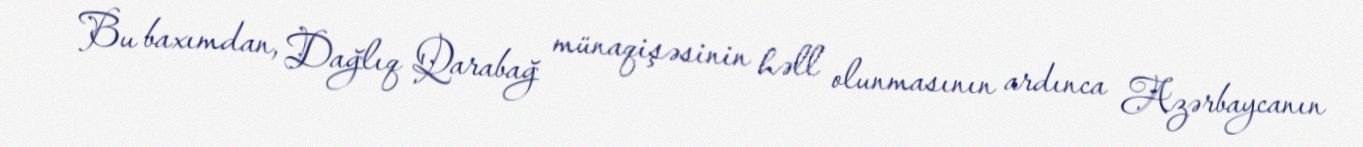
Bu baxımdan, Dağlıq Qarabağ münaqişəsinin həll olunmasının ardınca Azərbaycanın